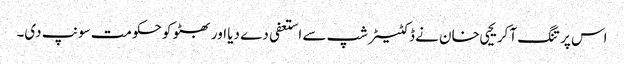
اس پر تنگ آ کر یحیی خان نے ڈکٹیٹر شپ سے استعفی دے دیا اور بھٹو کو حکومت سونپ دی۔